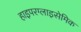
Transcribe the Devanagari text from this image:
हाइपरग्लाइसेमिक